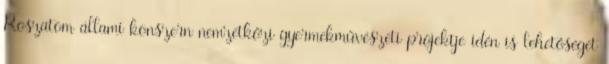
Roszatom állami konszern nemzetközi gyermekművészeti projektje idén is lehetőséget